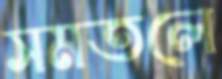
সমতলে